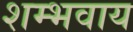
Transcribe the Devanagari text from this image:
शम्भवाय